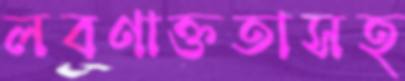
লবণাক্ততাসহ